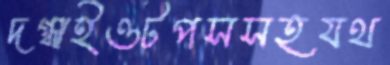
দগ্ধাইওটপসসহযথ